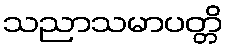
သညာသမာပတ္တိ